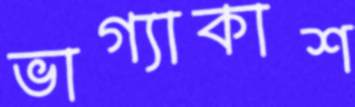
ভাগ্যাকাশ